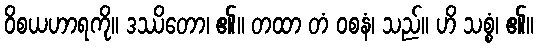
ဝိစယဟာရကို။ ဒဿိတော၊ ၏။ တထာ တံ ဝစနံ၊ သည်။ ဟိ သစ္စံ၊ ၏။